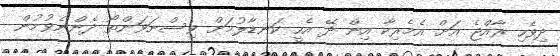
ދިވެހި ރާއްޖެ އަށް އެމެރިކާ އިން ދޭ އެހީ ކަނޑާލުމަށް ވިސްނަވަންތޯ ދެންނެވުމުން